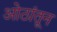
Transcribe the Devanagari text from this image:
ओठांतून